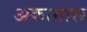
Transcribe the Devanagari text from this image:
अकामारू